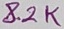
Text: 8.2K